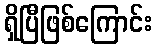
ရှိပြီဖြစ်ကြောင်း